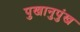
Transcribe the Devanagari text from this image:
पुखानुपुंख